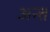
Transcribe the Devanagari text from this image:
अन्त्त